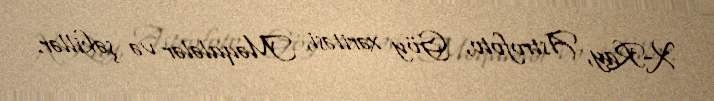
X-Ray, Astrofoto, Göy xəritəsi, Məqalələr və şəkillər.